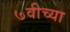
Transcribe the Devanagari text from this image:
७वीच्या